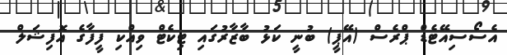
އެސޯސިއޭޓެޑް ޕްރެސް (އޭޕީ) ބުނީ ކަޅު ބާޒާރުގައި ޓިކެޓް ވިއްކި ފީފާގެ އޮފިޝަލް